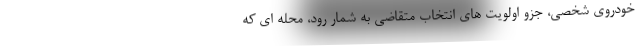
خودروی شخصی، جزو اولویت های انتخاب متقاضی به شمار رود، محله ای که